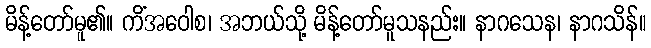
မိန့်တော်မူ၏။ ကိံအဝေါစ၊ အဘယ်သို့ မိန့်တော်မူသနည်း။ နာဂသေန၊ နာဂသိန်။